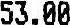
53.00